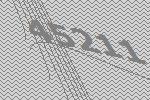
45211